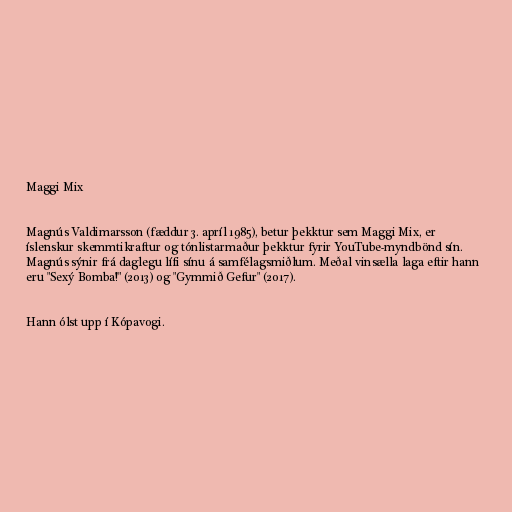
Maggi Mix

Magnús Valdimarsson (fæddur 3. apríl 1985), betur þekktur sem Maggi Mix, er
íslenskur skemmtikraftur og tónlistarmaður þekktur fyrir YouTube-myndbönd sín.
Magnús sýnir frá daglegu lífi sínu á samfélagsmiðlum. Meðal vinsælla laga eftir hann
eru "Sexý Bomba!" (2013) og "Gymmið Gefur" (2017).

Hann ólst upp í Kópavogi.